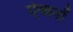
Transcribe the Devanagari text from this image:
ऐवानों